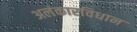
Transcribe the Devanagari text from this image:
अलंकारविधान